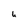
Character: h